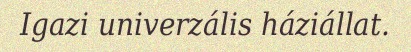
Igazi univerzális háziállat.